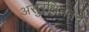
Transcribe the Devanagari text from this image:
असुरक्षिततेचे